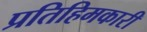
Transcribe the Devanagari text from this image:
प्रतिहिमकारी